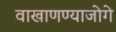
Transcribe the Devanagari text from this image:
वाखाणण्याजोगे